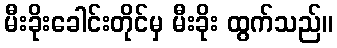
မီးခိုးခေါင်းတိုင်မှ မီးခိုး ထွက်သည်။